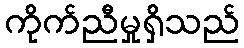
ကိုက်ညီမှုရှိသည်